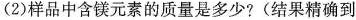
(2)样品中含镁元素的质量是多少?(结果精确到